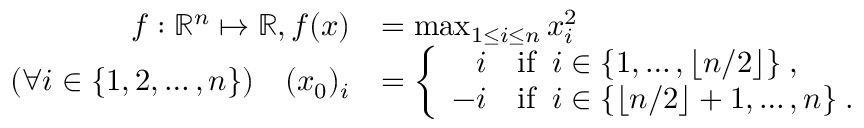
\begin{array} { r l } { f : \mathbb { R } ^ { n } \mapsto \mathbb { R } , f ( x ) } & { = \operatorname* { m a x } _ { 1 \leq i \leq n } x _ { i } ^ { 2 } } \\ { ( \forall i \in \{ 1 , 2 , \ldots , n \} ) \quad ( x _ { 0 } ) _ { i } } & { = \left\{ \begin{array} { l l } { \phantom { - } i } & { \mathrm { i f } \; \; i \in \{ 1 , \ldots , \lfloor n / 2 \rfloor \} \; , } \\ { - i } & { \mathrm { i f } \; \; i \in \{ \lfloor n / 2 \rfloor + 1 , \ldots , n \} \; . } \end{array} \right. } \end{array}